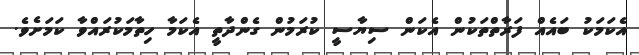
އެކަމަކު ބައެއް ފަރާތްތަކުން އެކަން ސިޔާސީ ކުރަމުން ގެންދާތީ އެކަމާ ހިތާމަކުރައްވާ ކަމަށެވެ.